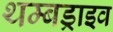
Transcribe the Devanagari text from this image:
थम्बड्राइव